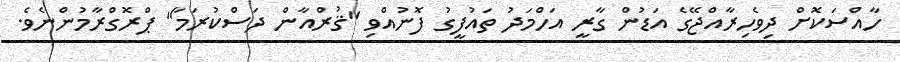
ހާއްސަކޮށް ދިވެހިރާއްޖޭގެ އަޑުން ގާރީ އަހްމަދު ތައުފީގު ފޮނުއްވި "ޤުރްއާން ދަސްކުރަމާ" ޕްރޮގްރާމުންނެވެ.